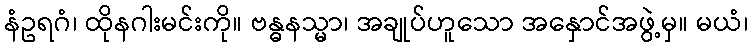
နံဥရဂံ၊ ထိုနဂါးမင်းကို။ ဗန္ဓနသ္မာ၊ အချုပ်ဟူသော အနှောင်အဖွဲ့မှ။ မယံ၊